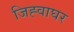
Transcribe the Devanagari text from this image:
जिह्वाघर